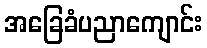
အခြေခံပညာကျောင်း